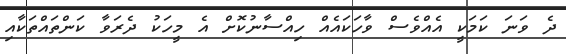
ދެ ވަނަ ކަމަކީ އެއްވެސް ވާހަކައެއް ހިއްސާނުކޮށް އެ މީހަކު ދެރަވާ ކަންތައްތަކާއި